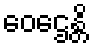
ဝေဌေန္တိ